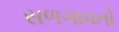
સળગાવતો